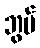
ဘွပ်